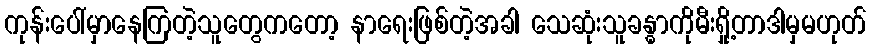
ကုန်းပေါ်မှာနေကြတဲ့သူတွေကတော့ နာရေးဖြစ်တဲ့အခါ သေဆုံးသူခန္ဓာကိုမီးရှို့တာဒါမှမဟုတ်